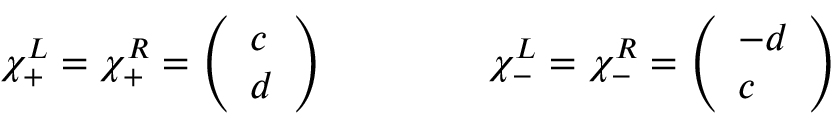
\chi _ { + } ^ { L } = \chi _ { + } ^ { R } = \left( \begin{array} { l } { { c } } \\ { { d } } \end{array} \right) \qquad \qquad \chi _ { - } ^ { L } = \chi _ { - } ^ { R } = \left( \begin{array} { l } { { - d } } \\ { { c } } \end{array} \right)